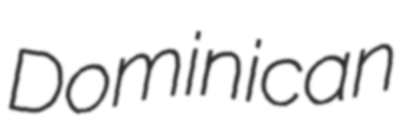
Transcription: Dominican